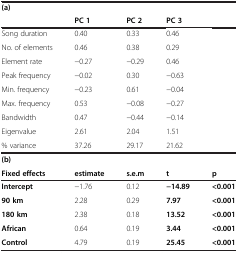
<table><thead><tr><td><b>(a)</b></td><td></td><td></td><td></td><td></td></tr><tr><td></td><td><b>PC 1</b></td><td><b>PC 2</b></td><td><b>PC 3</b></td><td></td></tr></thead><tbody><tr><td>Song duration</td><td>0.40</td><td>0.33</td><td>0.46</td><td></td></tr><tr><td>No. of elements</td><td>0.46</td><td>0.38</td><td>0.29</td><td></td></tr><tr><td>Element rate</td><td>−0.27</td><td>−0.29</td><td>0.46</td><td></td></tr><tr><td>Peak frequency</td><td>−0.02</td><td>0.30</td><td>−0.63</td><td></td></tr><tr><td>Min. frequency</td><td>−0.23</td><td>0.61</td><td>−0.04</td><td></td></tr><tr><td>Max. frequency</td><td>0.53</td><td>−0.08</td><td>−0.27</td><td></td></tr><tr><td>Bandwidth</td><td>0.47</td><td>−0.44</td><td>−0.14</td><td></td></tr><tr><td>Eigenvalue</td><td>2.61</td><td>2.04</td><td>1.51</td><td></td></tr><tr><td>% variance</td><td>37.26</td><td>29.17</td><td>21.62</td><td></td></tr><tr><td><b>(b)</b></td><td></td><td></td><td></td><td></td></tr><tr><td><b>Fixed effects</b></td><td><b>estimate</b></td><td><b>s.e.m</b></td><td><b>t</b></td><td><b>p</b></td></tr><tr><td><b>Intercept</b></td><td>−1.76</td><td>0.12</td><td><b>−14.89</b></td><td><b>&lt;0.001</b></td></tr><tr><td><b>90 km</b></td><td>2.28</td><td>0.29</td><td><b>7.97</b></td><td><b>&lt;0.001</b></td></tr><tr><td><b>180 km</b></td><td>2.38</td><td>0.18</td><td><b>13.52</b></td><td><b>&lt;0.001</b></td></tr><tr><td><b>African</b></td><td>0.64</td><td>0.19</td><td><b>3.44</b></td><td><b>&lt;0.001</b></td></tr><tr><td><b>Control</b></td><td>4.79</td><td>0.19</td><td><b>25.45</b></td><td><b>&lt;0.001</b></td></tr></tbody></table>